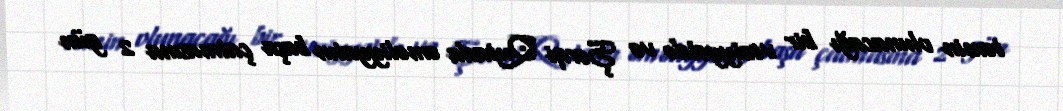
təmin olunacağı bir vəziyyətdə və Şərqi Qutada əməliyyatın başa çatmasına 2 gün